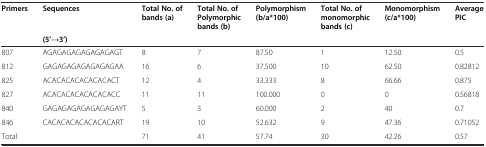
<table><thead><tr><td><b>Primers</b></td><td><b>Sequences</b></td><td><b>Total No. of bands (a)</b></td><td><b>Total No. of Polymorphic bands (b)</b></td><td><b>Polymorphism (b/a*100)</b></td><td><b>Total No. of monomorphic bands (c)</b></td><td><b>Monomorphism (c/a*100)</b></td><td><b>Average PIC</b></td></tr><tr><td></td><td><b>(5’→3’)</b></td><td></td><td></td><td></td><td></td><td></td><td></td></tr></thead><tbody><tr><td>807</td><td>AGAGAGAGAGAGAGAGT</td><td>8</td><td>7</td><td>87.50</td><td>1</td><td>12.50</td><td>0.5</td></tr><tr><td>812</td><td>GAGAGAGAGAGAGAGAA</td><td>16</td><td>6</td><td>37.500</td><td>10</td><td>62.50</td><td>0.82812</td></tr><tr><td>825</td><td>ACACACACACACACACT</td><td>12</td><td>4</td><td>33.333</td><td>8</td><td>66.66</td><td>0.875</td></tr><tr><td>827</td><td>ACACACACACACACACC</td><td>11</td><td>11</td><td>100.000</td><td>0</td><td>0</td><td>0.56818</td></tr><tr><td>840</td><td>GAGAGAGAGAGAGAGAYT</td><td>5</td><td>3</td><td>60.000</td><td>2</td><td>40</td><td>0.7</td></tr><tr><td>846</td><td>CACACACACACACACART</td><td>19</td><td>10</td><td>52.632</td><td>9</td><td>47.36</td><td>0.71052</td></tr><tr><td>Total</td><td></td><td>71</td><td>41</td><td>57.74</td><td>30</td><td>42.26</td><td>0.57</td></tr></tbody></table>